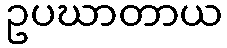
ဥပဃာတာယ